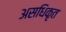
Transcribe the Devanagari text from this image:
असधिकृत